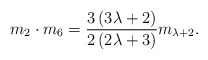
\begin{align*} m_{2}\cdot m_{6}=\frac{3\left( 3\lambda +2\right) }{2\left( 2\lambda +3\right) }m_{\lambda +2}. \end{align*}